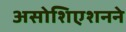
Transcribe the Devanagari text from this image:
असोशिएशनने